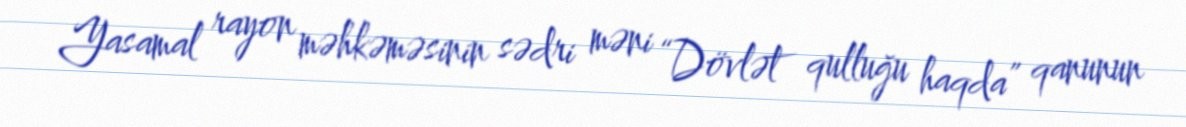
Yasamal rayon məhkəməsinin sədri məni “Dövlət qulluğu haqda” qanunun